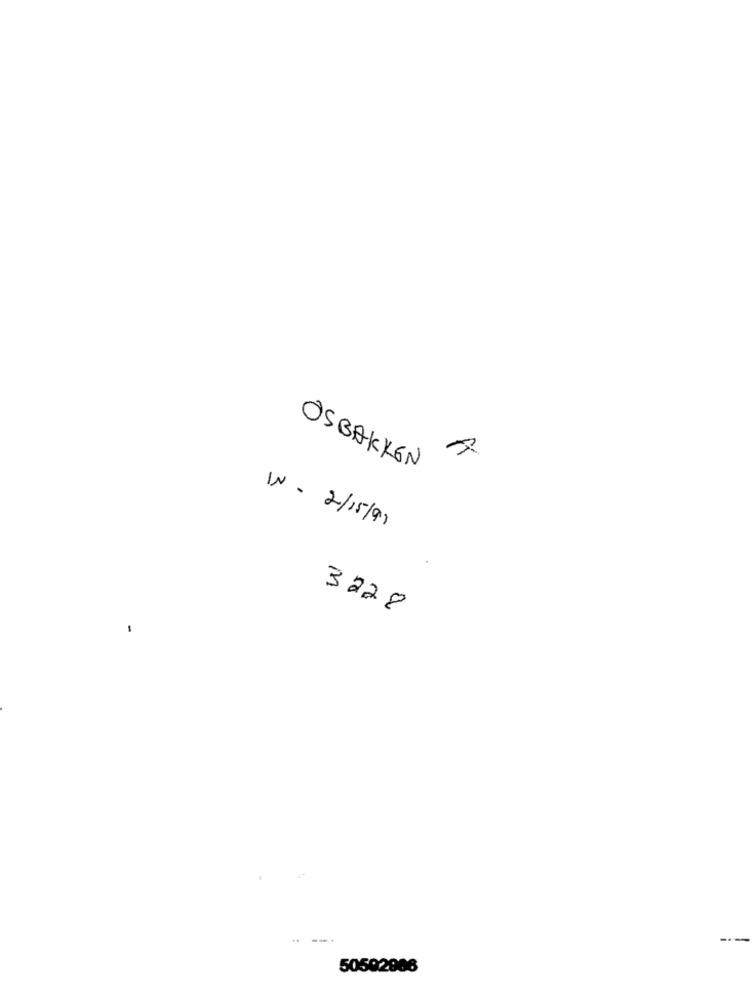
ÖSBAKKEN
IN- 2/15/91
3228
----
50592906